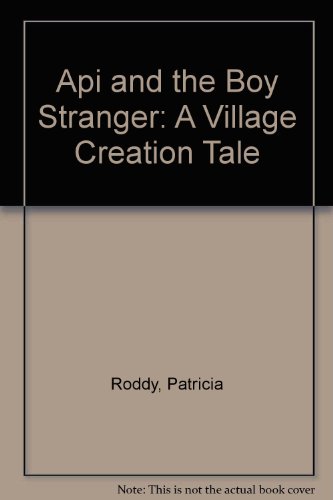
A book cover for Api and the Boy Stranger; Patricia Roddy; Children's Books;